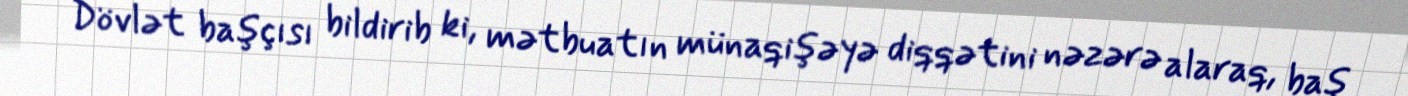
Dövlət başçısı bildirib ki, mətbuatın münaqişəyə diqqətini nəzərə alaraq, baş